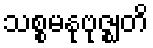
သစ္စမနုဗုဇ္ဈတိ